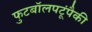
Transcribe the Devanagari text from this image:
फुटबॉलपटूंपैकी